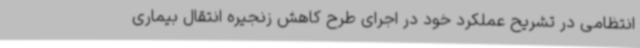
انتظامی در تشریح عملکرد خود در اجرای طرح کاهش زنجیره انتقال بیماری